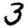
Digit: 3